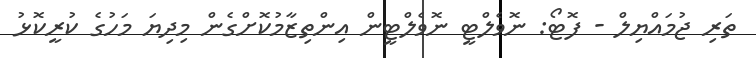
ތަރި ޖުމައްޔިލް - ފޮޓޯ: ނޮވެލްޓީ ނޮވެލްޓީން އިންތިޒާމުކޮށްގެން މިދިޔަ މަހުގެ ކުރީކޮޅު